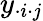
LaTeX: y_{\cdot i\cdot j}